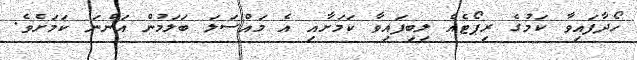
ހޯދާފައިވާ ކަމުގެ ރިޕޯޓެއް ލިބިފައިވާ ކަމަށާއި އެ މައްސަލަ ބަލަމުން އަންނަ ކަމަށެވެ.